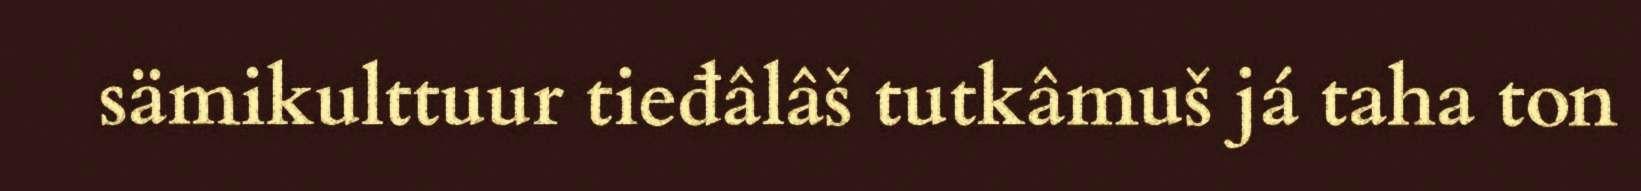
sämikulttuur tieđâlâš tutkâmuš já taha ton